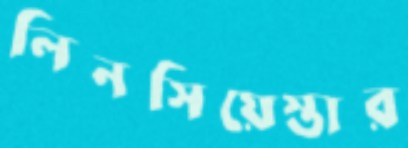
লিনসিয়েস্তার